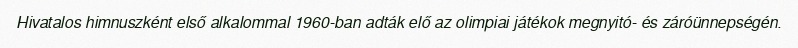
Hivatalos himnuszként első alkalommal 1960-ban adták elő az olimpiai játékok megnyitó- és záróünnepségén.